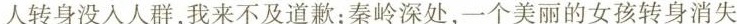
人转身没入人群，我来不及道歉；秦岭深处，一个美丽的女孩转身消失